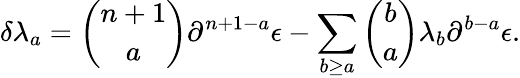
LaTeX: \delta\lambda_{a}={\binom{n+1}{a}}\partial^{n+1-a}\epsilon-\sum_{b\geq a}{\binom{b}{a}}\lambda_{b}\partial^{b-a}\epsilon.